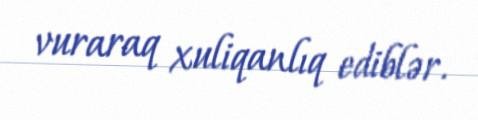
vuraraq xuliqanlıq ediblər.